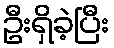
ဦးရှိခဲ့ပြီး